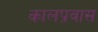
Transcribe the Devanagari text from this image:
कालप्रवास